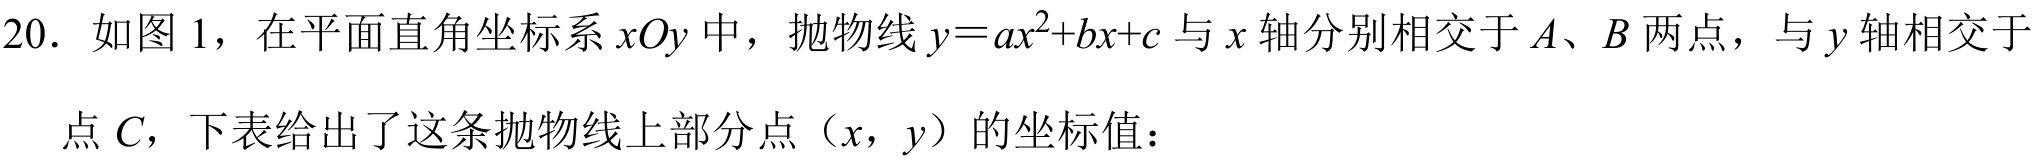
20. 如图 1，在平面直角坐标系 \(xOy\) 中，抛物线 \(y = ax^{2}+bx + c\) 与 \(x\) 轴分别相交于 \(A、B\) 两点，与 \(y\) 轴相交于点 \(C\)，下表给出了这条抛物线上部分点（\(x\)，\(y\)）的坐标值：